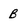
Character: B